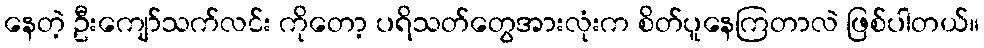
နေတဲ့ ဦးကျော်သက်လင်း ကိုတော့ ပရိသတ်တွေအားလုံးက စိတ်ပူနေကြတာလဲ ဖြစ်ပါတယ်။